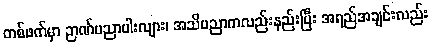
တစ်ဖက်မှာ ဉာဏ်ပညာပါးလျား၊ အသိပညာကလည်းနည်းပြီး အရည်အချင်းလည်း